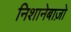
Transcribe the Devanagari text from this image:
निशानेबाज़ो